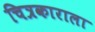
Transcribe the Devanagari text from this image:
चित्रकाराला